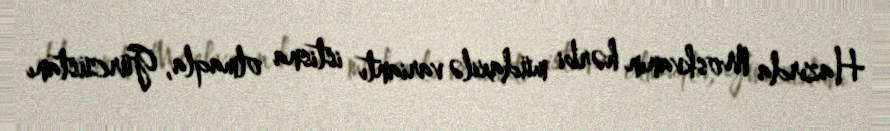
Hazırda Moskvanın hərbi müdaxilə variantı istisna olmaqla, Gürcüstanı